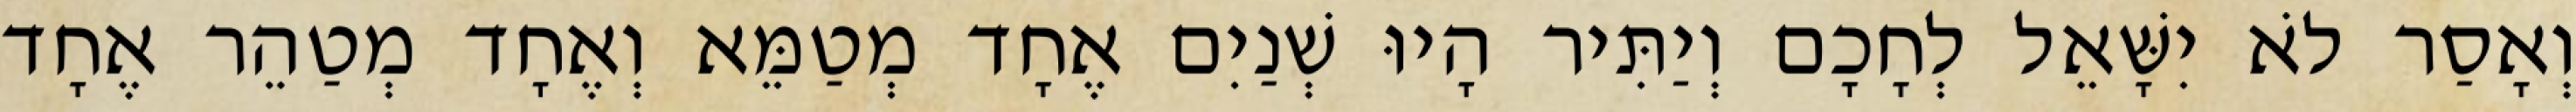
וְאָסַר לֹא יִשָּׁאֵל לְחָכָם וְיַתִּיר הָיוּ שְׁנַיִם אֶחָד מְטַמֵּא וְאֶחָד מְטַהֵר אֶחָד